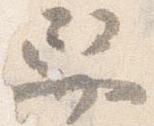
舁